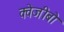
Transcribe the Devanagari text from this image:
क्वेजीबो